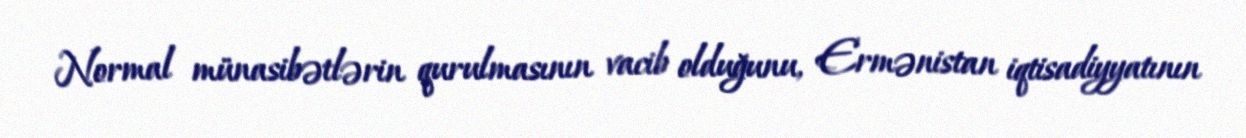
Normal münasibətlərin qurulmasının vacib olduğunu, Ermənistan iqtisadiyyatının